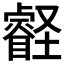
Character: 壡